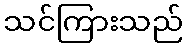
သင်ကြားသည်